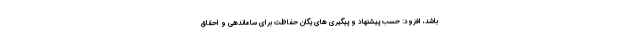
باشد، افزود: حسب پیشنهاد و پیگیری های یگان حفاظت برای ساماندهی و احقاق